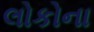
લોકોના